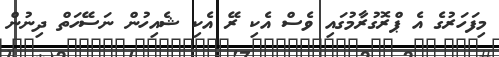
މިފަހަރުގެ އެ ޕްރޮގުރާމުގައި ވެސް އެކި ރޭ އެކި ޝެއިހުން ނަސޭހަތް ދިނުން